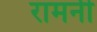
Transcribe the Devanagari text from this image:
रामनी